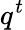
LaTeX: q^{t}